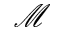
\mathcal { M }